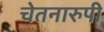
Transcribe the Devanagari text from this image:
चेतनारुपी